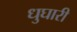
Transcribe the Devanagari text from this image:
धुघारी